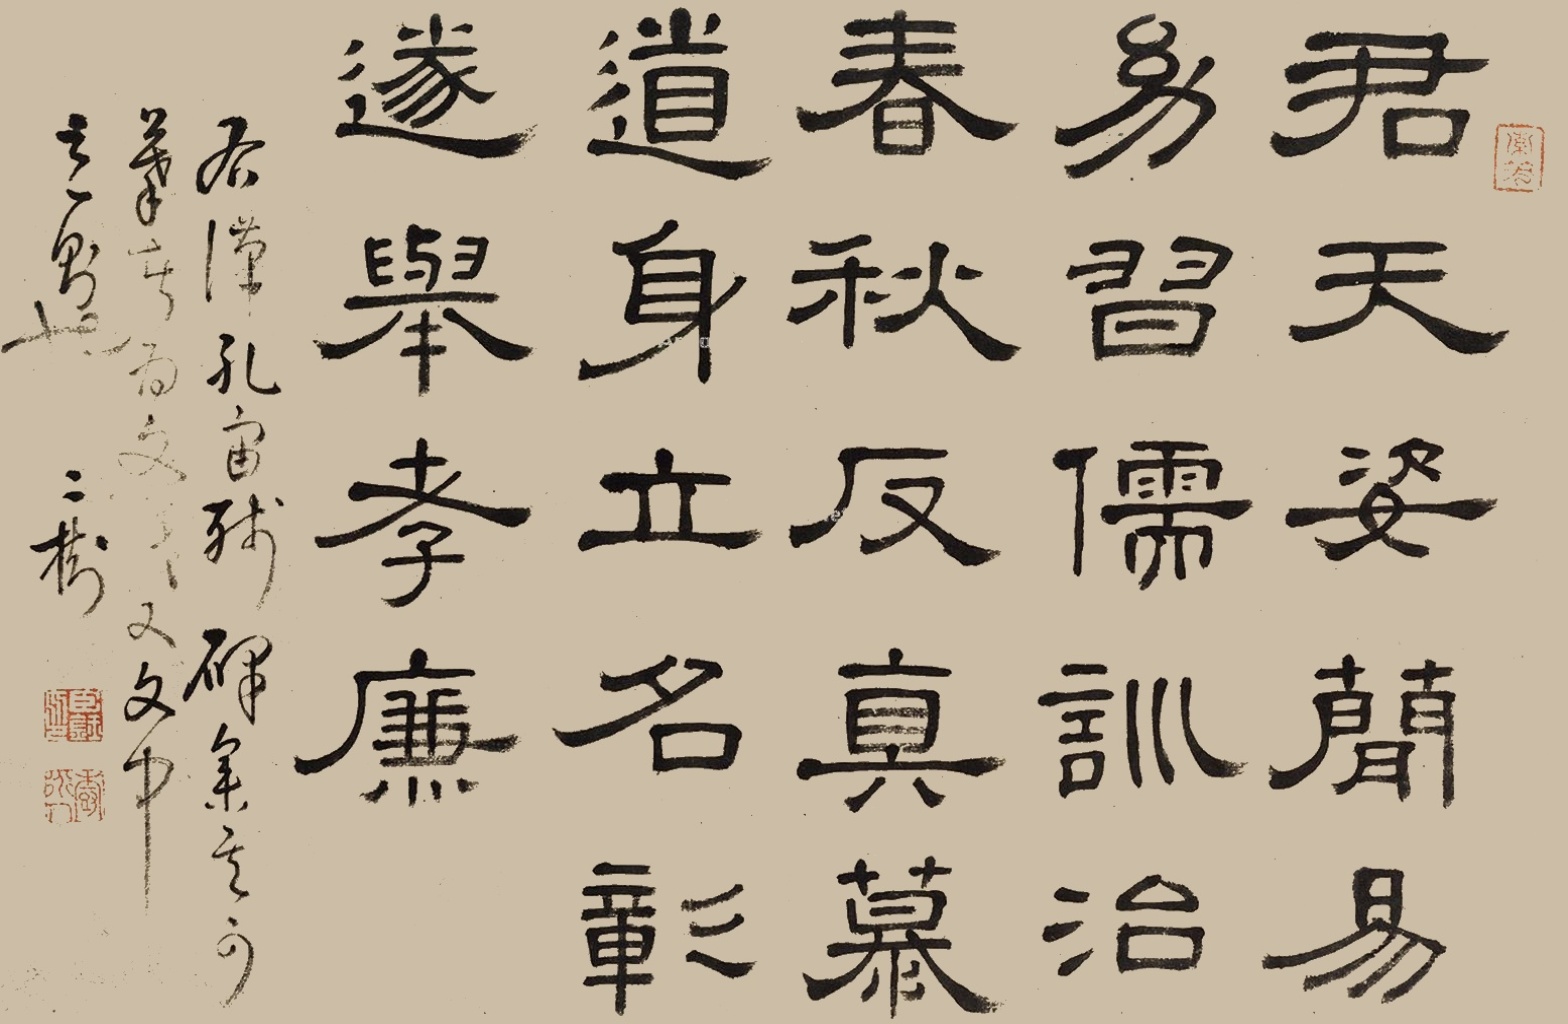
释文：君天姿简易，幼习儒训，治春秋，反真慕道，身立名彰，遂举孝廉。右汉孔宙残碑，集其可摹者为文，此文中之一则也。二树。